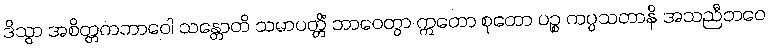
ဒိသွာ အစိတ္တကဘာဝေါ သန္တောတိ သမာပတ္တိံ ဘာဝေတွာ ဣတော စုတော ပဉ္စ ကပ္ပသတာနိ အသညီဘဝေ